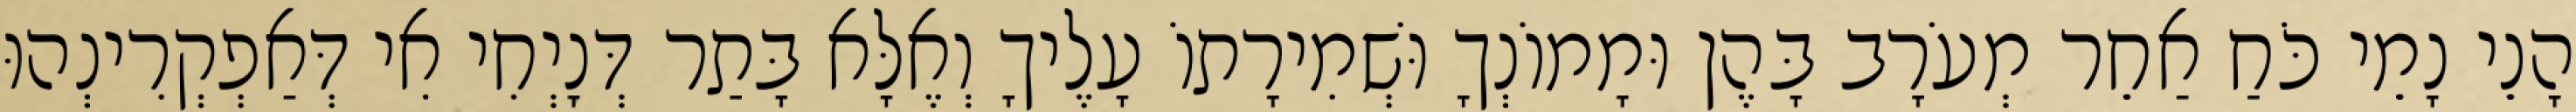
הָנֵי נָמֵי כֹּחַ אַחֵר מְעֹרָב בָּהֶן וּמָמוֹנְךָ וּשְׁמִירָתוֹ עָלֶיךָ וְאֶלָּא בָּתַר דְּנָיְחִי אִי דְּאַפְקְרִינְהוּ